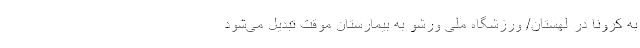
به کرونا در لهستان/ ورزشگاه ملی ورشو به بیمارستان موقت تبدیل می‌شود